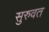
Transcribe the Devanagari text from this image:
सुरुवत